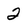
Character: 2